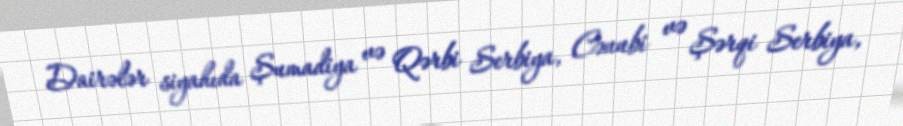
Dairələr siyahıda Şumadiya və Qərbi Serbiya, Cənubi və Şərqi Serbiya,